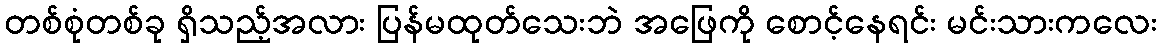
တစ်စုံတစ်ခု ရှိသည့်အလား ပြန်မထုတ်သေးဘဲ အဖြေကို စောင့်နေရင်း မင်းသားကလေး